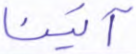
آتينا